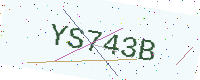
Text: YS743B